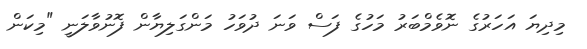
މިދިޔަ އަހަރުގެ ނޮވެމްބަރު މަހުގެ ފަސް ވަނަ ދުވަހު މަންގަލިޔާން ފޮނުވާލަނީ "މިކަން